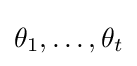
\theta _{1},\ldots ,\theta _{t}